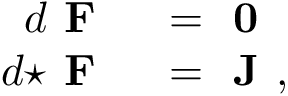
\begin{array} { r l } { d { \textbf { F } } } & { { } = { \textbf { 0 } } } \\ { d { \star { \textbf { F } } } } & { { } = { \textbf { J } } , } \end{array}